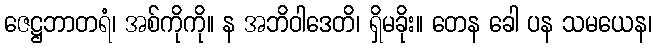
ဇေဋ္ဌဘာတရံ၊ အစ်ကိုကို။ န အဘိဝါဒေတိ၊ ရှိမခိုး။ တေန ခေါ ပန သမယေန၊